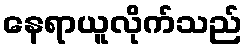
နေရာယူလိုက်သည်